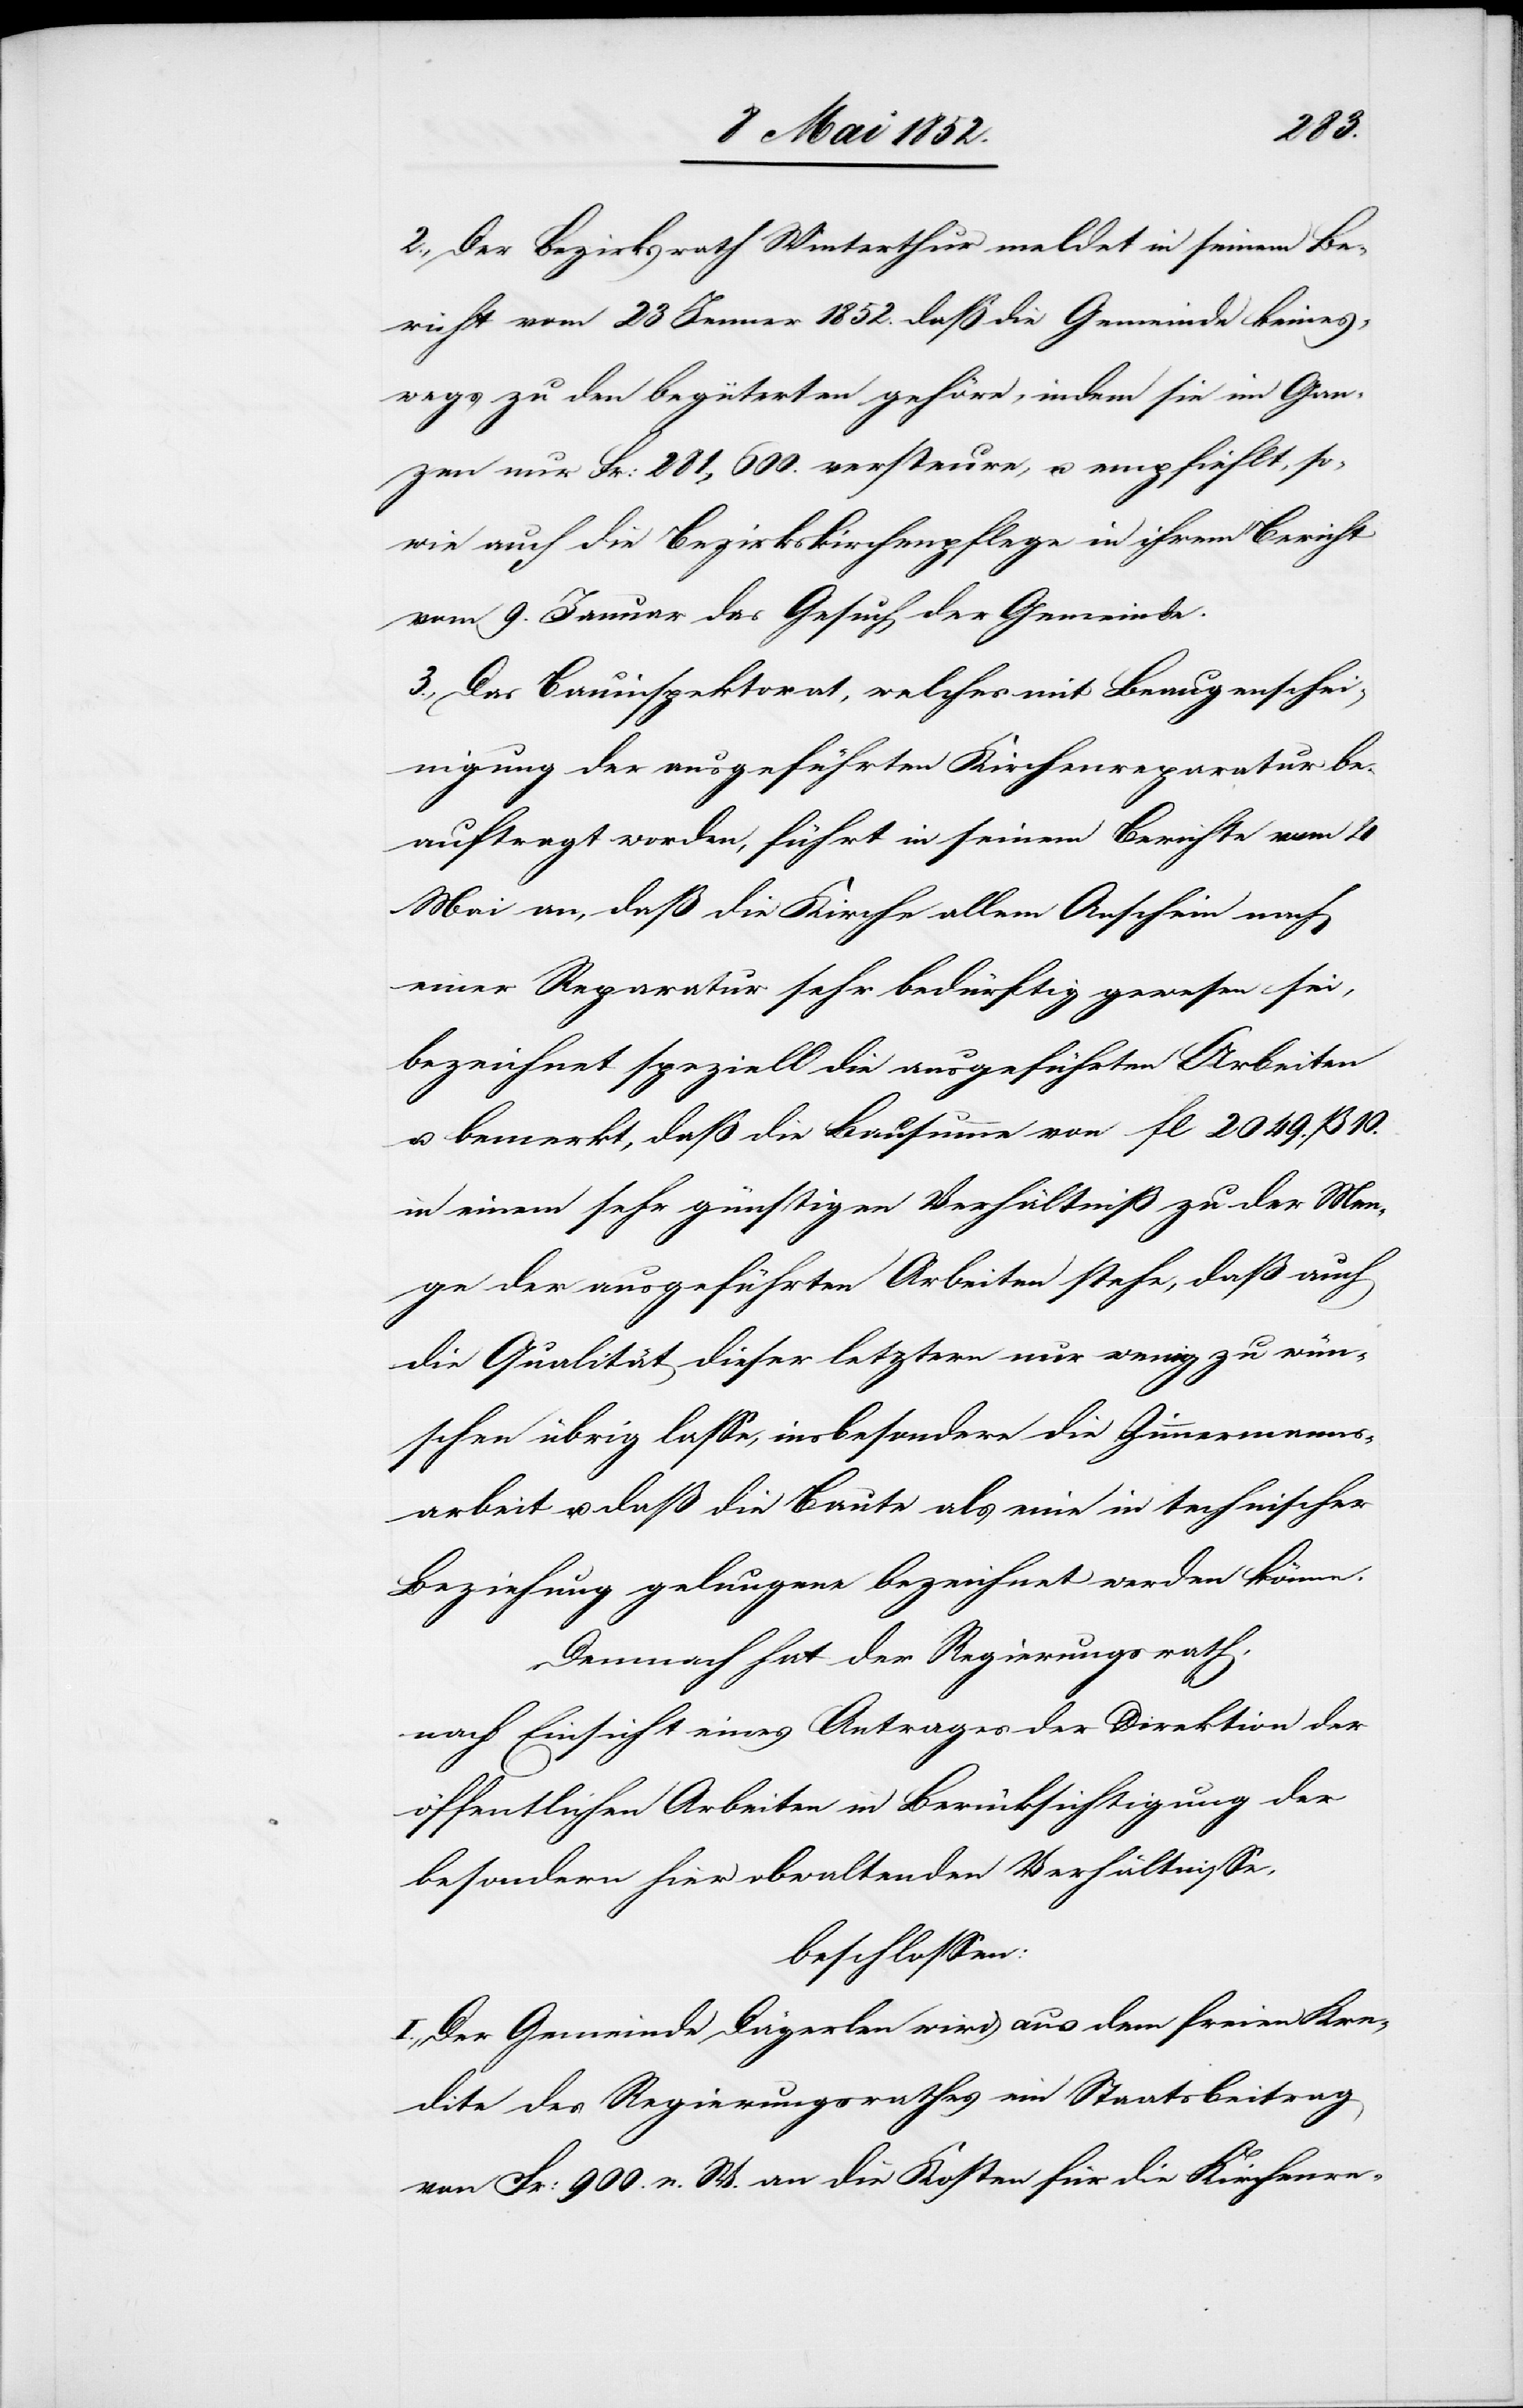
2., Der Bezirksrath Winterthur meldet in seinem Be¬
richt vom 23 Jenner 1852. daß die Gemeinde keines¬
wegs zu den begüterten gehöre, indem sie im Gan¬
zen nur Fr: 281,600. versteure, u. empfiehlt, so¬
wie auch die Bezirkskirchenpflege in ihrem Bericht
vom 9. Januar das Gesuch der Gemeinde.
3., Das Bauinspektorat, welches mit Beaugenschei¬
nigung der ausgeführten Kirchenreparatur be¬
auftragt worden, führt in seinem Berichte vom 4
Mai an, daß die Kirche allem Anschein nach
einer Reparatur sehr bedürftig gewesen sei,
bezeichnet speziell die ausgeführten Arbeiten
u. bemerkt, daß die Bausumme von fl 2049. ß 10.
in einem sehr günstigen Verhältniß zu der Men¬
ge der ausgeführten Arbeiten stehe, daß auch
die Qualität dieser letztern nur wenig zu wün¬
schen übrig lasse, insbesondere die Zimmermanns¬
arbeit u. daß die Baute als eine in technischer
Beziehung gelungene bezeichnet werden könne.
Demnach hat der Regierungsrath,
nach Einsicht eines Antrages der Direktion der
öffentlichen Arbeiten in Berücksichtigung der
besondern hier obwaltenden Verhältnisse,
beschlossen:
I., Der Gemeinde Dägerlen wird aus dem freien Kre¬
dite des Regierungsrathes ein Staatsbeitrag
von Fr: 900. n. W. an die Kosten für die Kirchenre-